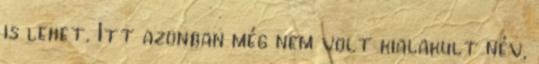
is lehet. Itt azonban még nem volt kialakult név,